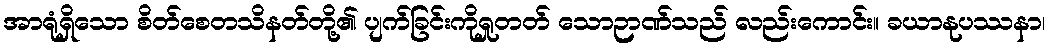
အာရုံရှိသော စိတ်စေတသိနတ်တို့၏ ပျက်ခြင်းကိုရှုတတ် သောဉာဏ်သည် လည်းကောင်း။ ခယာနုပဿနာ၊